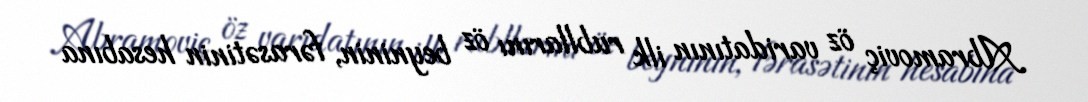
Abramoviç öz varidatının ilk rubllarını öz beyninin, fərasətinin hesabına